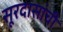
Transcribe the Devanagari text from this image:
सूरदासांची